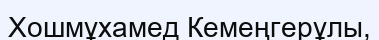
Хошмұхамед Кемеңгерұлы,